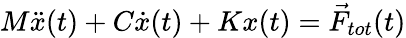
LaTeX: M\ddot{x}(t)+C\dot{x}(t)+Kx(t)=\vec{F}_{tot}(t)